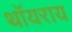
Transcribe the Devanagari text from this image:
थॉयराय